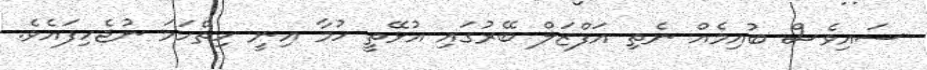
ސައިވެސް ބުއިމެއް ނެތި އަފްޒަލް ބޭރުގައި އުޅޭތީ ހުމާ އިނީ ހިތްހަމަ ނުޖެހިފައެވެ.